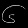
Digit: ၆